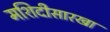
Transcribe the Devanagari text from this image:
मशिदीसारखा